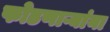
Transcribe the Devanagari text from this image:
फोडणाऱ्यांना